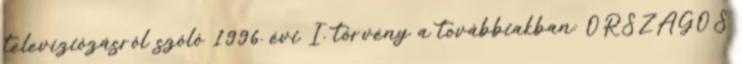
televíziózásról szóló 1996. évi I. törvény a továbbiakban: ORSZÁGOS